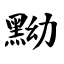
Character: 黝